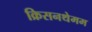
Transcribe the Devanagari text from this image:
क्रिसनथेमम